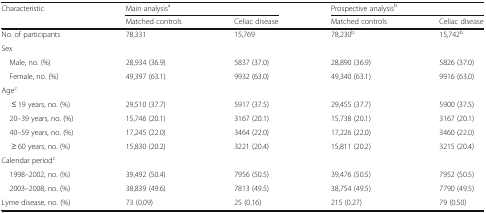
<table><thead><tr><td rowspan="2"><b>Characteristic</b></td><td colspan="2"><b>Main analysis<sup>a</sup></b></td><td colspan="2"><b>Prospective analysis<sup>b</sup></b></td></tr><tr><td><b>Matched controls</b></td><td><b>Celiac disease</b></td><td><b>Matched controls</b></td><td><b>Celiac disease</b></td></tr></thead><tbody><tr><td>No. of participants</td><td>78,331</td><td>15,769</td><td>78,230<sup>b</sup></td><td>15,742<sup>b</sup></td></tr><tr><td colspan="5">Sex</td></tr><tr><td> Male, no. (%)</td><td>28,934 (36.9)</td><td>5837 (37.0)</td><td>28,890 (36.9)</td><td>5826 (37.0)</td></tr><tr><td> Female, no. (%)</td><td>49,397 (63.1)</td><td>9932 (63.0)</td><td>49,340 (63.1)</td><td>9916 (63.0)</td></tr><tr><td colspan="5">Age<sup>c</sup></td></tr><tr><td>≤ 19 years, no. (%)</td><td>29,510 (37.7)</td><td>5917 (37.5)</td><td>29,455 (37.7)</td><td>5900 (37.5)</td></tr><tr><td> 20–39 years, no. (%)</td><td>15,746 (20.1)</td><td>3167 (20.1)</td><td>15,738 (20.1)</td><td>3167 (20.1)</td></tr><tr><td> 40–59 years, no. (%)</td><td>17,245 (22.0)</td><td>3464 (22.0)</td><td>17,226 (22.0)</td><td>3460 (22.0)</td></tr><tr><td>≥ 60 years, no. (%)</td><td>15,830 (20.2)</td><td>3221 (20.4)</td><td>15,811 (20.2)</td><td>3215 (20.4)</td></tr><tr><td colspan="5">Calendar period<sup>c</sup></td></tr><tr><td> 1998–2002, no. (%)</td><td>39,492 (50.4)</td><td>7956 (50.5)</td><td>39,476 (50.5)</td><td>7952 (50.5)</td></tr><tr><td> 2003–2008, no. (%)</td><td>38,839 (49.6)</td><td>7813 (49.5)</td><td>38,754 (49.5)</td><td>7790 (49.5)</td></tr><tr><td>Lyme disease, no. (%)</td><td>73 (0.09)</td><td>25 (0.16)</td><td>215 (0.27)</td><td>79 (0.50)</td></tr></tbody></table>